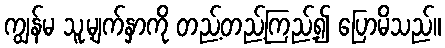
ကျွန်မ သူ့မျက်နှာကို တည့်တည့်ကြည့်၍ ပြောမိသည်။